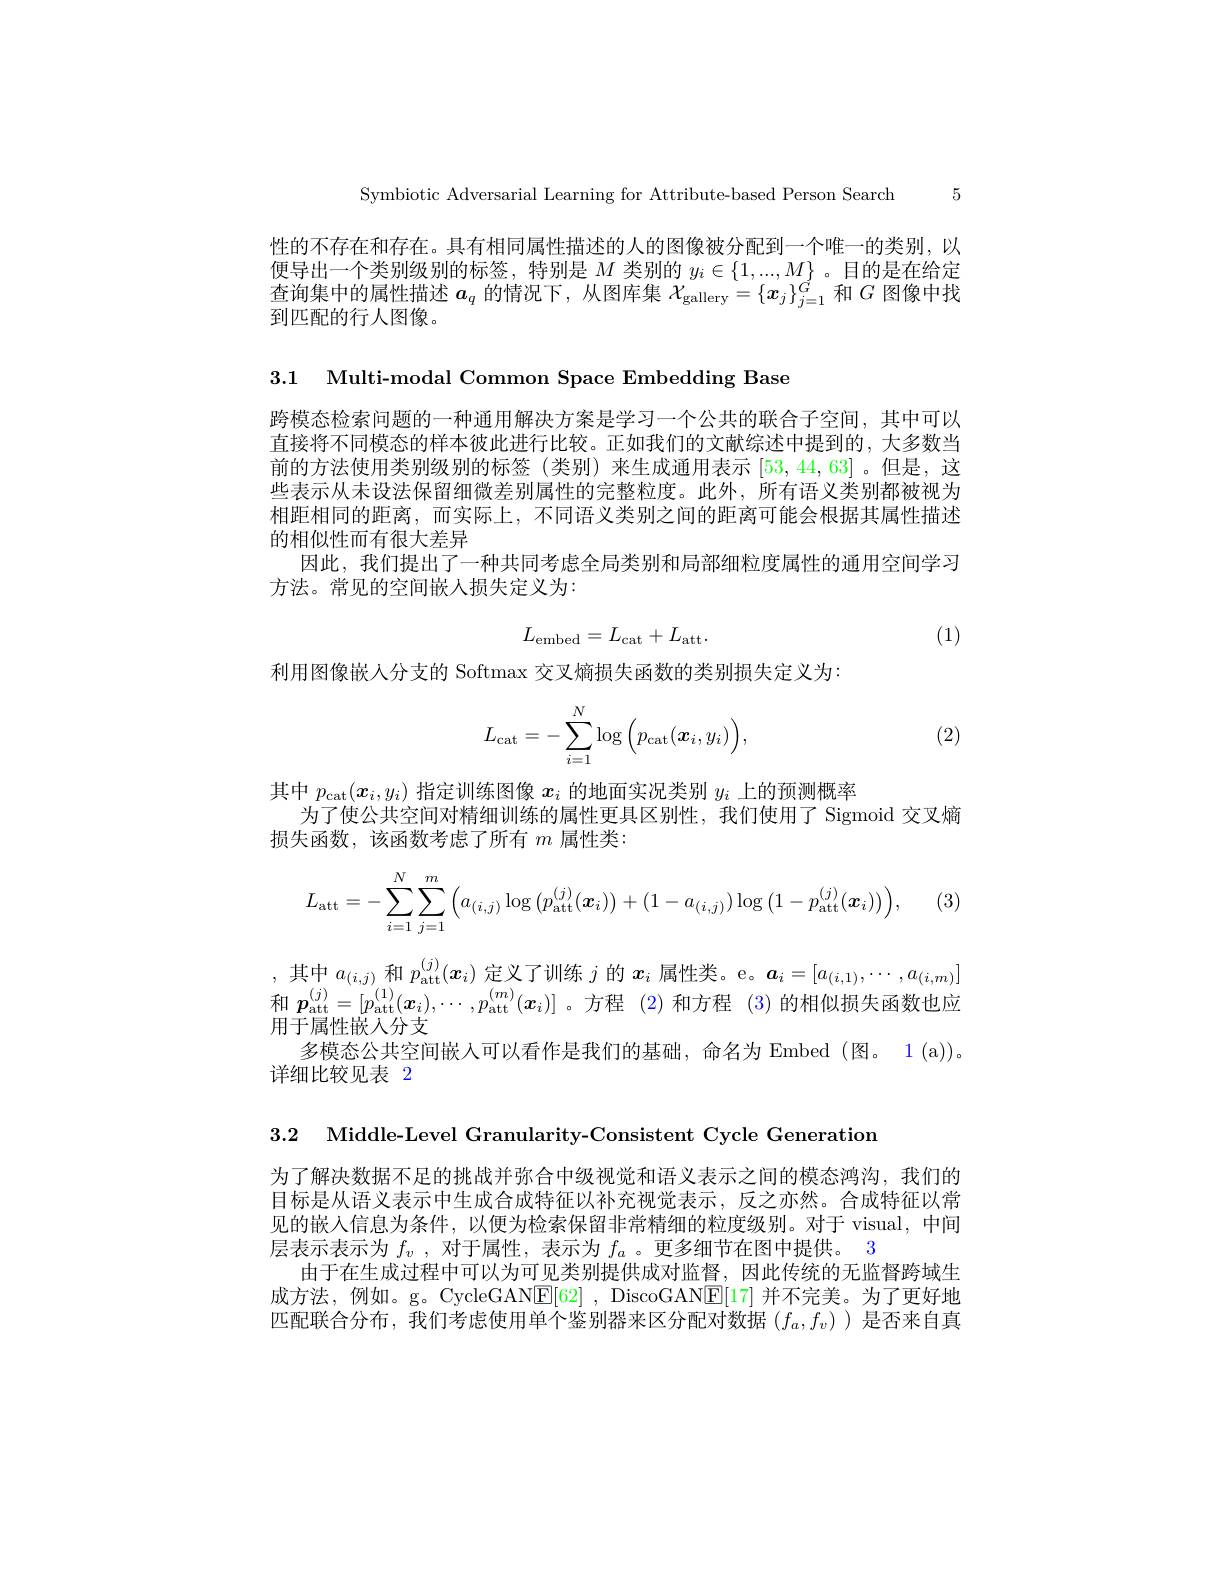
Symbiotic Adversarial Learning for Attribute-based Person Search 5

性的不存在和存在。具有相同属性描述的人的图像被分配到一个唯一的类别，以便导出一个类别级别的标签，特别是$M$类别的$y_i\in\{1,...,M\}$ 。目的是在给定查询集中的属性描述$\boldsymbol a_q$的情况下，从图库集$\mathcal{X}_\mathrm{gallery}=\{\boldsymbol{x}_j\}_{j=1}^{\acute{G}}$和$G$图像中找到匹配的行人图像。

3.1 Multi-modal Common Space Embedding Base

跨模态检索问题的一种通用解决方案是学习一个公共的联合子空间，其中可以直接将不同模态的样本彼此进行比较。正如我们的文献综述中提到的，大多数当前的方法使用类别级别的标签(类别)来生成通用表示[53,44,63]。但是，这些表示从未设法保留细微差别属性的完整粒度。此外，所有语义类别都被视为相距相同的距离，而实际上，不同语义类别之间的距离可能会根据其属性描述的相似性而有很大差异
因此，我们提出了一种共同考虑全局类别和局部细粒度属性的通用空间学习
方法。常见的空间嵌人损失定义为：
$$L_{\mathrm{embed}}=L_{\mathrm{cat}}+L_{\mathrm{att}}.$$
(1)

利用图像嵌入分支的 Softmax 交叉熵损失函数的类别损失定义为：

(2)
$$L_{\mathrm{cat}}=-\sum_{i=1}^N\log\Big(p_{\mathrm{cat}}(\boldsymbol{x}_i,y_i)\Big),$$
其中$p_{\mathrm{cat}}(\boldsymbol{x}_i,y_i)$指定训练图像$x_i$的地面实况类别$y_i$上的预测概率
为了使公共空间对精细训练的属性更具区别性，我们使用了 Sigmoid 交叉熵
损失函数，该函数考虑了所有$m$属性类：
$$L_{\mathrm{att}}=-\sum_{i=1}^N\sum_{j=1}^m\Big(a_{(i,j)}\log\big(p_{\mathrm{att}}^{(j)}(\boldsymbol{x}_i)\big)+(1-a_{(i,j)})\log\big(1-p_{\mathrm{att}}^{(j)}(\boldsymbol{x}_i)\big)\Big),$$
,其中$a_(i,j)$和$p_\mathrm{att}^{(j)}(x_i)$定义了训练$j$的$x_i$属性类。e。$a_i=[a_(i,1),\cdots,a_(i,m)]$ 和$\boldsymbol p_{\mathrm{att}}^{(j)}=[p_{\mathrm{att}}^{(1)}(\boldsymbol{x}_i),\cdots,p_{\mathrm{att}}^{(m)}(\boldsymbol{x}_i)]$ 。方程 (2)和方程 (3)的相似损失函数也应用于属性嵌人分支
多模态公共空间嵌人可以看作是我们的基础，命名为 Embed (图。1 (a))。
详细比较见表 2

3.2 Middle-Level Granularity-Consistent Cycle Generation

为了解决数据不足的挑战并弥合中级视觉和语义表示之间的模态鸿沟，我们的目标是从语义表示中生成合成特征以补充视觉表示，反之亦然。合成特征以常见的嵌入信息为条件，以便为检索保留非常精细的粒度级别。对于 visual, 中间层表示表示为$f_v$ ,对于属性，表示为$f_a$ 。更多细节在图中提供。3
由于在生成过程中可以为可见类别提供成对监督，因此传统的无监督跨域生成方法，例如。g。CycleGAN$\boxed{\mathrm{E}}[62]$, DiscoGAN$\boxed{\mathrm{E}}[17]$并不完美。为了更好地匹配联合分布，我们考虑使用单个鉴别器来区分配对数据(f_a,f_v))是否来自真